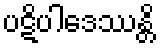
ပဋိပါဒေဿန္တိ